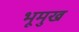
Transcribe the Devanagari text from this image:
भूमुख